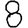
Digit: 8